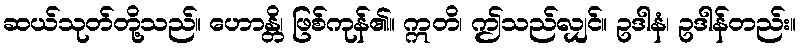
ဆယ်သုတ်တို့သည်။ ဟောန္တိ၊ ဖြစ်ကုန်၏။ ဣတိ၊ ဤသည်လျှင်။ ဥဒါနံ၊ ဥဒါန်တည်း။